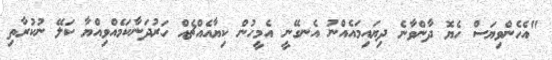
"އެހެންވިޔަސް ހެޔޮ ދާންވާނެ ދިޔައިމައެއްނު އެނގޭނީ އެމީހުން ކިޔާއެއްޗެއް ހަރުދަނާކަމެއްވިއްޔާ ކަލޭ ނުކުރާތި